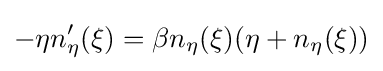
-\eta n_{\eta }^{\prime }(\xi )=\beta n_{\eta }(\xi )(\eta +n_{\eta }(\xi ))